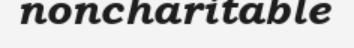
noncharitable